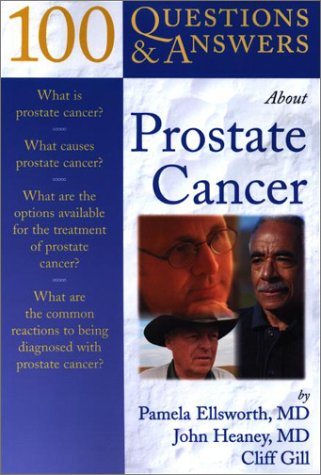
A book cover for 100 Q&A About Prostate Cancer (100 Q&As About); Pamela Ellsworth; Health, Fitness & Dieting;